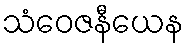
သံဝေဇနီယေန